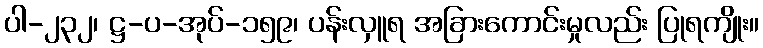
ပါ-၂၃၂၊ ဋ္ဌ-ပ-အုပ်-၁၅၉၊ ပန်းလှူရ အခြားကောင်းမှုလည်း ပြုရကျိုး။